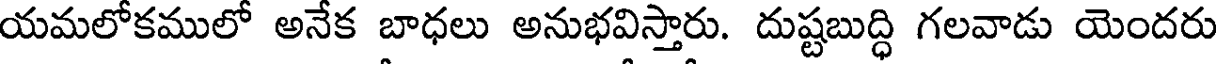
యమలోకములో అనేక బాధలు అనుభవిస్తారు. దుష్టబుద్ధి గలవాడు యెందరు